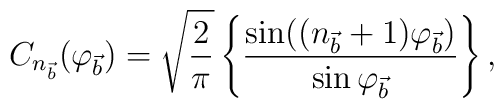
C_{n_{\vec{b}}}(\varphi_{\vec b})=\sqrt{\frac{2}{\pi}}\left\{\frac{\sin((n_{\vec b}+1)\varphi_{\vec b})}{\sin\varphi_{\vec b}}\right\} ,